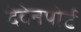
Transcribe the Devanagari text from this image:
देवेनपोर्ट